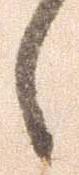
々